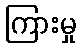
ကြားမှု